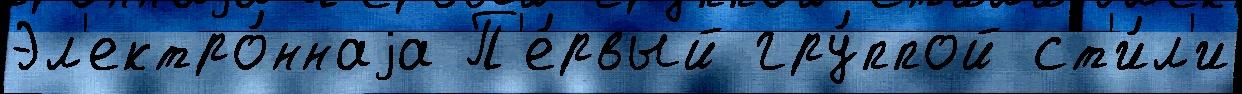
Эл'ектро́ннаjа П'е́рвый гру́ппой ст'и́л'и